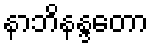
နာဘိနန္ဒတော